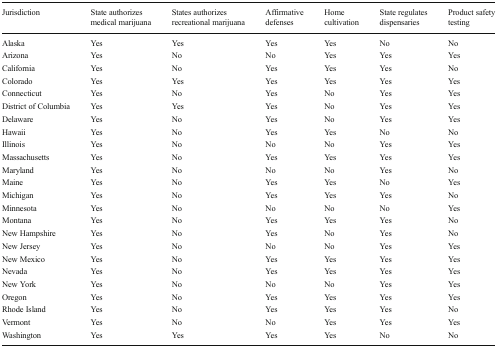
<table><thead><tr><td><b>Jurisdiction</b></td><td><b>State authorizes medical marijuana</b></td><td><b>States authorizes recreational marijuana</b></td><td><b>Affirmative defenses</b></td><td><b>Home cultivation</b></td><td><b>State regulates dispensaries</b></td><td><b>Product safety testing</b></td></tr></thead><tbody><tr><td>Alaska</td><td>Yes</td><td>Yes</td><td>Yes</td><td>Yes</td><td>No</td><td>No</td></tr><tr><td>Arizona</td><td>Yes</td><td>No</td><td>No</td><td>Yes</td><td>Yes</td><td>Yes</td></tr><tr><td>California</td><td>Yes</td><td>No</td><td>Yes</td><td>Yes</td><td>Yes</td><td>No</td></tr><tr><td>Colorado</td><td>Yes</td><td>Yes</td><td>Yes</td><td>Yes</td><td>Yes</td><td>Yes</td></tr><tr><td>Connecticut</td><td>Yes</td><td>No</td><td>Yes</td><td>No</td><td>Yes</td><td>Yes</td></tr><tr><td>District of Columbia</td><td>Yes</td><td>Yes</td><td>Yes</td><td>No</td><td>Yes</td><td>Yes</td></tr><tr><td>Delaware</td><td>Yes</td><td>No</td><td>Yes</td><td>No</td><td>Yes</td><td>Yes</td></tr><tr><td>Hawaii</td><td>Yes</td><td>No</td><td>Yes</td><td>Yes</td><td>No</td><td>No</td></tr><tr><td>Illinois</td><td>Yes</td><td>No</td><td>No</td><td>No</td><td>Yes</td><td>Yes</td></tr><tr><td>Massachusetts</td><td>Yes</td><td>No</td><td>Yes</td><td>Yes</td><td>Yes</td><td>Yes</td></tr><tr><td>Maryland</td><td>Yes</td><td>No</td><td>No</td><td>No</td><td>Yes</td><td>No</td></tr><tr><td>Maine</td><td>Yes</td><td>No</td><td>Yes</td><td>Yes</td><td>No</td><td>Yes</td></tr><tr><td>Michigan</td><td>Yes</td><td>No</td><td>Yes</td><td>Yes</td><td>Yes</td><td>No</td></tr><tr><td>Minnesota</td><td>Yes</td><td>No</td><td>No</td><td>No</td><td>No</td><td>Yes</td></tr><tr><td>Montana</td><td>Yes</td><td>No</td><td>Yes</td><td>Yes</td><td>Yes</td><td>No</td></tr><tr><td>New Hampshire</td><td>Yes</td><td>No</td><td>Yes</td><td>No</td><td>Yes</td><td>No</td></tr><tr><td>New Jersey</td><td>Yes</td><td>No</td><td>No</td><td>No</td><td>Yes</td><td>Yes</td></tr><tr><td>New Mexico</td><td>Yes</td><td>No</td><td>Yes</td><td>Yes</td><td>Yes</td><td>Yes</td></tr><tr><td>Nevada</td><td>Yes</td><td>No</td><td>Yes</td><td>Yes</td><td>Yes</td><td>Yes</td></tr><tr><td>New York</td><td>Yes</td><td>No</td><td>No</td><td>No</td><td>Yes</td><td>Yes</td></tr><tr><td>Oregon</td><td>Yes</td><td>No</td><td>Yes</td><td>Yes</td><td>Yes</td><td>Yes</td></tr><tr><td>Rhode Island</td><td>Yes</td><td>No</td><td>Yes</td><td>Yes</td><td>Yes</td><td>No</td></tr><tr><td>Vermont</td><td>Yes</td><td>No</td><td>No</td><td>Yes</td><td>Yes</td><td>Yes</td></tr><tr><td>Washington</td><td>Yes</td><td>Yes</td><td>Yes</td><td>Yes</td><td>No</td><td>No</td></tr></tbody></table>